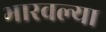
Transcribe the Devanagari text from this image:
भारवल्या